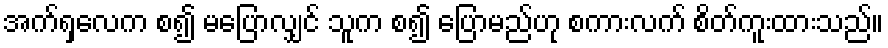
အက်ရှလေက စ၍ မပြောလျှင် သူက စ၍ ပြောမည်ဟု စကားလက် စိတ်ကူးထားသည်။